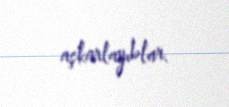
aşkarlayıblar.